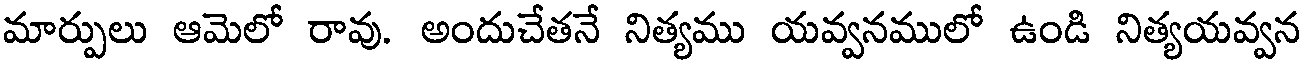
మార్పులు ఆమెలో రావు. అందుచేతనే నిత్యము యవ్వనములో ఉండి నిత్యయవ్వన